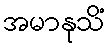
အမာနုသိံ